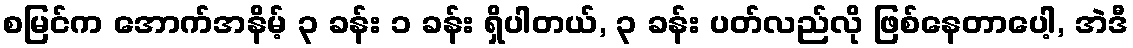
စမြင်က အောက်အနိမ့် ၃ ခန်း ၁ ခန်း ရှိပါတယ်, ၃ ခန်း ပတ်လည်လို ဖြစ်နေတာပေါ့, အဲဒီ